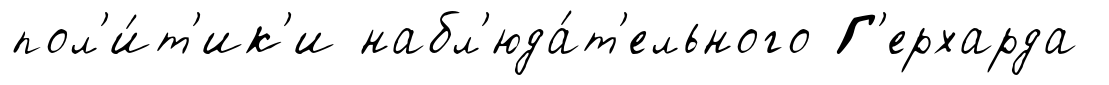
пол'и́т'ик'и набл'юда́т'ельного Г'ерхарда